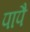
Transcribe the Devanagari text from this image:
पापै